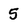
Character: 5